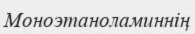
Моноэтаноламиннің